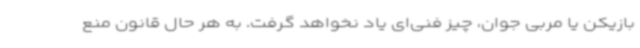
بازیکن یا مربی جوان، چیز فنی‌ای یاد نخواهد گرفت. به هر حال قانون منع